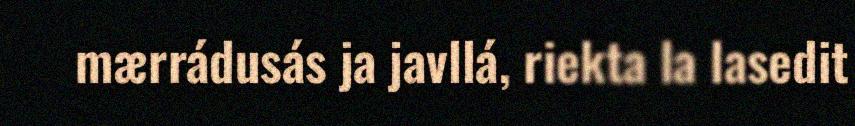
mærrádusás ja javllá, riekta la lasedit